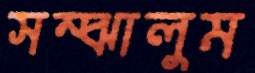
সম্‌ঝালুম